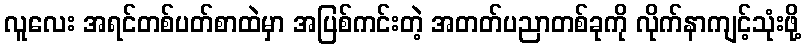
လူလေး အရင်တစ်ပတ်စာထဲမှာ အပြစ်ကင်းတဲ့ အတတ်ပညာတစ်ခုကို လိုက်နာကျင့်သုံးဖို့